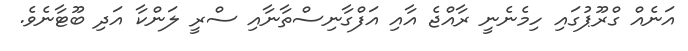
އަނެއް ގްރޫޕުގައި ހިމެނެނީ ރާއްޖެ އާއި އަފްގާނިސްތާނާއި ސްރީ ލަންކާ އަދި ބޫޓާނެވެ.